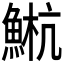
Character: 𫙤